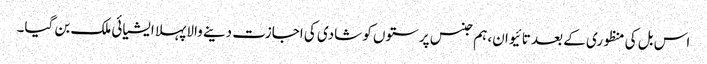
اس بل کی منظوری کے بعد تائیوان، ہم جنس پرستوں کو شادی کی اجازت دینے والا پہلا ایشیائی ملک بن گیا۔